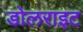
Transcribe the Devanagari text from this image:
डोलराइट